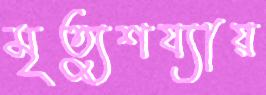
মৃত্যুশয্যায়